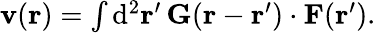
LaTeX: \begin{array}{r}{\mathbf{v}(\mathbf{r})=\int\mathrm{d}^{2}\mathbf{r}^{\prime}\, \mathbf{G}(\mathbf{r}-\mathbf{r}^{\prime})\cdot\mathbf{F}(\mathbf{r}^{\prime}).}\end{array}